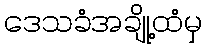
ဒေသခံအချို့ထံမှ